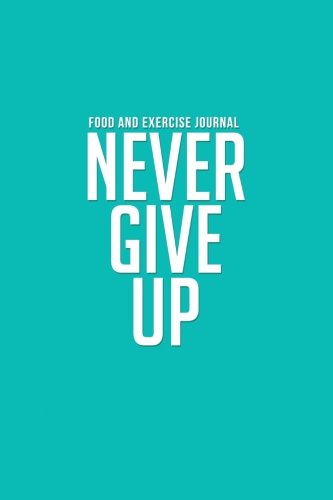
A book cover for Food and Exercise Journal 2014: Never Give Up (Tiffany Blue My Diet Diary); Emma Raine Journals; Health, Fitness & Dieting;